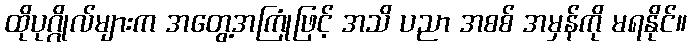
ထိုပုဂ္ဂိုလ်များက အတွေ့အကြုံဖြင့် အသိ ပညာ အစစ် အမှန်ကို မရနိုင်။